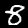
Label: 8